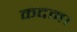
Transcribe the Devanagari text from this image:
कदम।